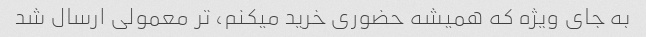
به جای ویژه که همیشه حضوری خرید میکنم، تر معمولی ارسال شد